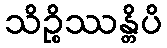
သိဉ္စိဿန္တိပိ